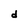
Character: d